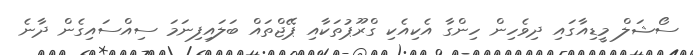
ސޯޝަލް މީޑިއާގައި ދިވެހިން ހިންގާ އެކިއެކި ގްރޫޕުތަކާއި ޕޭޖްތައް ބަލައިފިނަމަ ސިއްސައިގެން ދާނެ